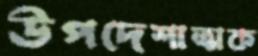
উপদেশাত্মক